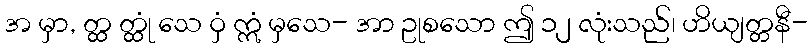
အ မှာ, တ္ထ တ္ထုံ သေ ဝှံ ဣံ မှသေ- အာ ဥုစသော ဤ ၁၂ လုံးသည်၊ ဟိယျတ္တနီ-